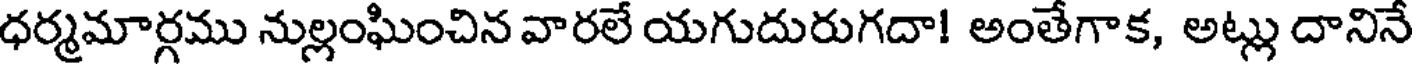
ధర్మమార్గము నుల్లంఘించిన వారలే యగుదురుగదా! అంతేగాక, అట్లు దానినే